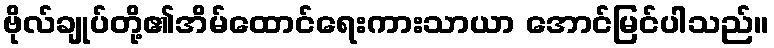
ဗိုလ်ချုပ်တို့၏အိမ်ထောင်ရေးကားသာယာ အောင်မြင်ပါသည်။